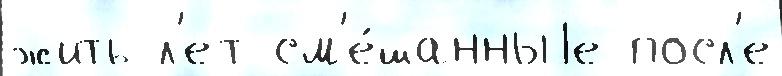
жить л'ет см'е́шанныjе посл'е